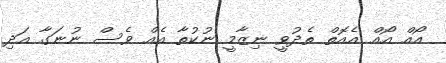
އޯއް އޯއް އެއޮތް ތެދުވީ ނިޒާމީ ނުކުތާ އެއް ވެސް ނުނަގާ އަދި